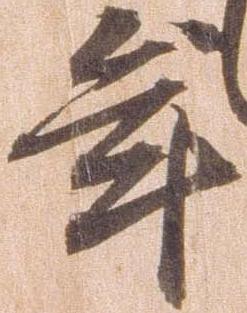
年